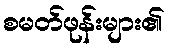
စမတ်ဖုန်းများ၏